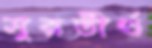
সুরতীর্থ